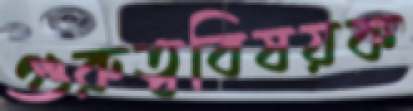
গুরুত্ববিষয়ক